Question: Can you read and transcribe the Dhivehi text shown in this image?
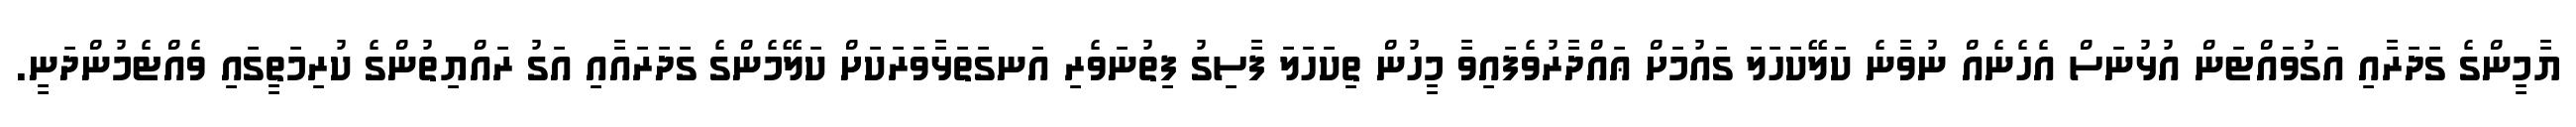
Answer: ޔާމީންގެ ގަދަރާއި އަގުވައްޓަން އުޅުނަސް އެހެނެއް ނުވާނެ ކަލޭކަހަލަ ގައުމަށް ޢައްދާރުވެފައިވާ މީހުން ތިކަހަލަ ފާސިގު ފިތުނަވެރި އަނގަތަޅާވަރަކަށް ކަލޭމެންގެ ގަދަރައާއި އަގު ރައްޔިތުންގެ ކުރިމަތީގައި ވެއްޓެމުންދަނީ.